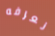
نعرفه